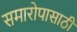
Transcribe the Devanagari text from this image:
समारोपासाठी